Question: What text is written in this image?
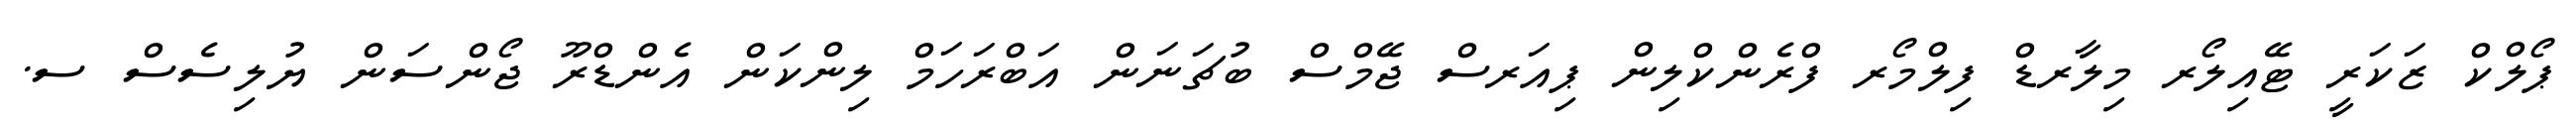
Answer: ޕޯލްކް ޒަކަރީ ޓޭއިލޯރ މިލާރޑް ފިލްމޯރ ފްރެންކްލިން ޕިއަރސް ޖޭމްސް ބުޗަނަން އަބްރަހަމް ލިންކަން އެންޑްރޫ ޖޯންސަން ޔުލިސެސް ސ.